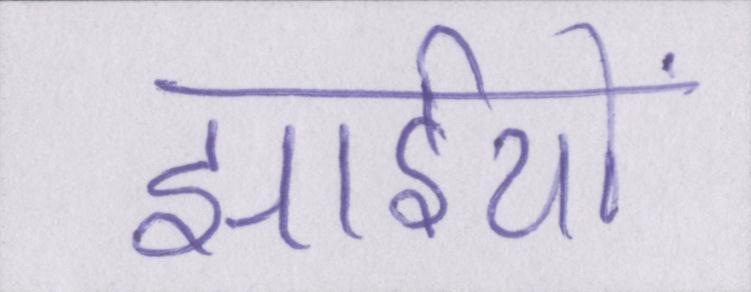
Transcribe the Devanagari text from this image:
झाईयों